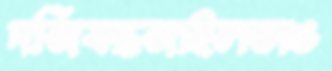
দর্জিবন্ধজাইলভাঙ